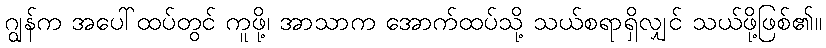
ဂျွန်က အပေါ်ထပ်တွင် ကူဖို့၊ အာသာက အောက်ထပ်သို့ သယ်စရာရှိလျှင် သယ်ဖို့ဖြစ်၏။